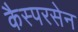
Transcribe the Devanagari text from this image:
कैस्परसेन